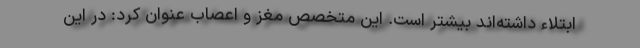
ابتلاء داشته‌اند بیشتر است. این متخصص مغز و اعصاب عنوان کرد: در این